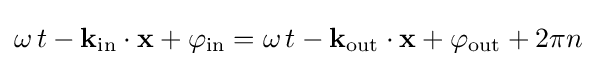
\omega \,t-\mathbf {k} _{\mathrm {in} }\cdot \mathbf {x} +\varphi _{\mathrm {in} }=\omega \,t-\mathbf {k} _{\mathrm {out} }\cdot \mathbf {x} +\varphi _{\mathrm {out} }+2\pi n